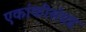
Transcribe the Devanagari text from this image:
एकांकीसंग्रह